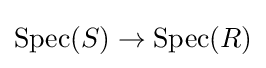
\operatorname {Spec} (S)\to \operatorname {Spec} (R)